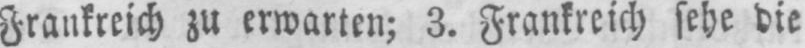
Frankreich zu erwarten; 3. Frankreich sehe die